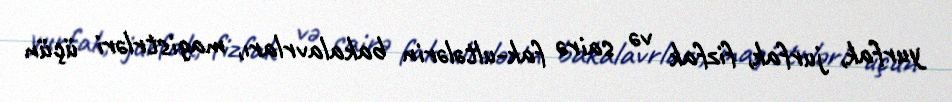
yurfak, jurfak, fizfak və sairə fak-ultələrin bakalavrları, magistrləri üçün